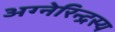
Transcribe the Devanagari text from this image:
अग्नेरिन्द्रस्य